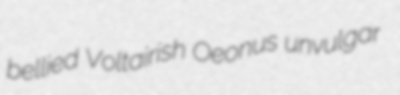
bellied Voltairish Oeonus unvulgar